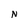
Character: N